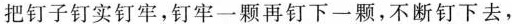
把钉子钉实钉牢，钉牢一颗再钉下一颗，不断钉下去，